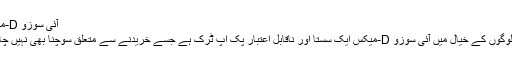
آئی سوزو D-میکس
اکثر لوگوں کے خیال میں آئی سوزو D-میکس ایک سستا اور ناقابل اعتبار پک اپ ٹرک ہے جسے خریدنے سے متعلق سوچنا بھی نہیں چاہیے۔